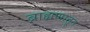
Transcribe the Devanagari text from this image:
ब्राह्मणातून